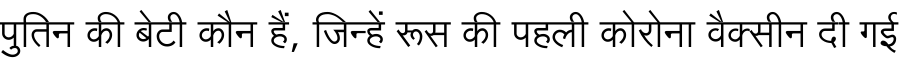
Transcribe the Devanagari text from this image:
पुतिन की बेटी कौन हैं, जिन्हें रूस की पहली कोरोना वैक्सीन दी गई